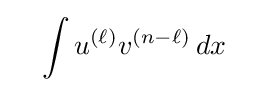
\quad \int u^{(\ell )}v^{(n-\ell )}\,dx\quad